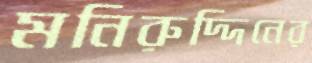
মনিরুদ্দিনের